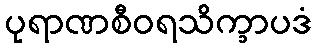
ပုရာဏစီဝရသိက္ခာပဒံ